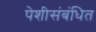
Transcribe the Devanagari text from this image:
पेशीसंबंधित